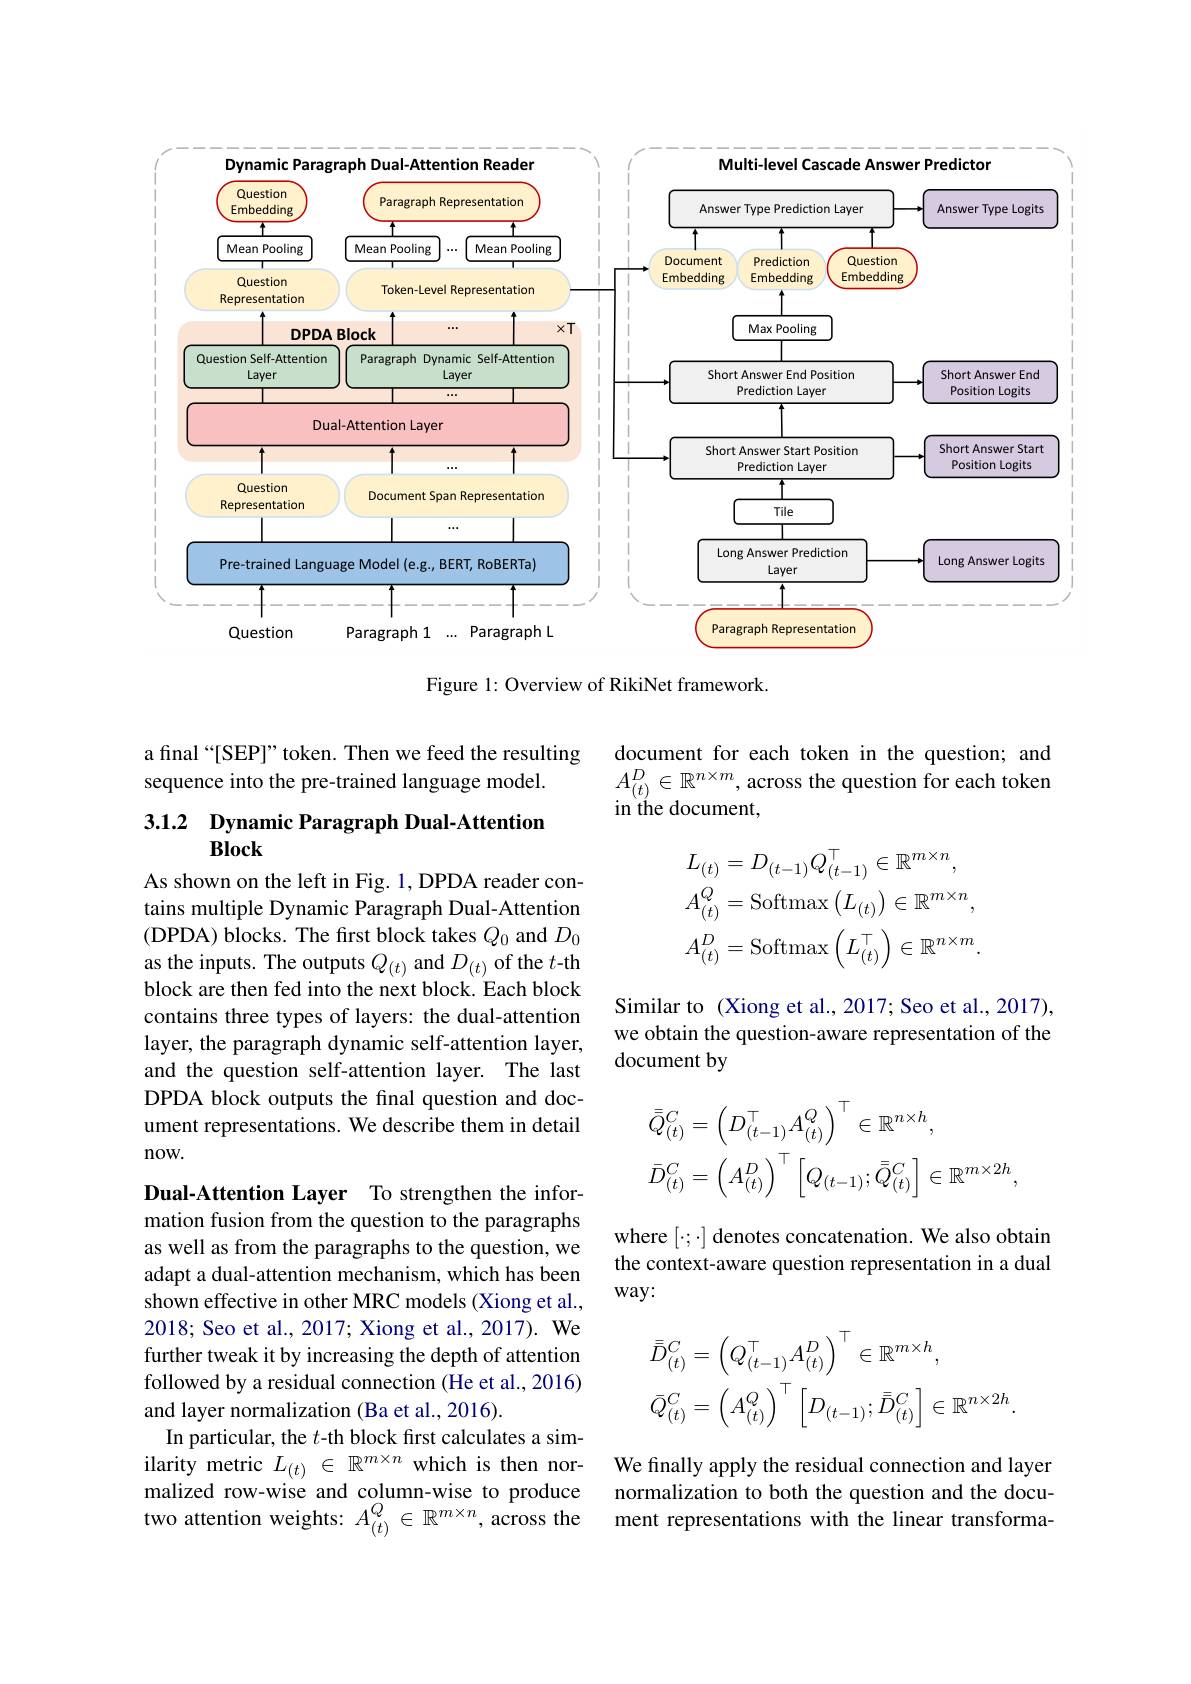
<FigureHere>

Figure 1: Overview of RikiNet framework.

a final “[SEP]” token. Then we feed the resulting
sequence into the pre-trained language model.

document for each token in the question; and $A_{(t)}^D\in\mathbb{R}^{n\times m}$, across the question for each token in the document,

# 3.1.2 Dynamic Paragraph Dual-Attention Block
$$L_{(t)}=D_{(t-1)}Q_{(t-1)}^{\top}\in\mathbb{R}^{m\times n},\\A_{(t)}^{Q}=\mathrm{Softmax}\left(L_{(t)}\right)\in\mathbb{R}^{m\times n},\\A_{(t)}^{D}=\mathrm{Softmax}\left(L_{(t)}^{\top}\right)\in\mathbb{R}^{n\times m}.$$
As shown on the left in Fig. 1, DPDA reader contains multiple Dynamic Paragraph Dual-Attention (DPDA) blocks. The first block takes $Q_0$ and $D_0$ as the inputs. The outputs $Q_{(t)}$ and $D_{(t)}$ of the $t$-th block are then fed into the next block. Each block contains three types of layers: the dual-attention layer, the paragraph dynamic self-attention layer, and the question self-attention layer. The last DPDA block outputs the final question and document representations. We describe them in detail $now.$

Similar to (Xiong et al., 2017; Seo et al., 2017), we obtain the question-aware representation of the document by
$$\begin{aligned}&\bar{Q}_{(t)}^{C}=\left(D_{(t-1)}^{\top}A_{(t)}^{Q}\right)^{\top}\in\mathbb{R}^{n\times h},\\&\bar{D}_{(t)}^{C}=\left(A_{(t)}^{D}\right)^{\top}\left[Q_{(t-1)};\bar{\bar{Q}}_{(t)}^{C}\right]\in\mathbb{R}^{m\times2h},\end{aligned}$$
where $[\cdot;\cdot]$ denotes concatenation. We also obtain the context-aware question representation in a dual $way:$

Dual-Attention Layer To strengthen the information fusion from the question to the paragraphs as well as from the paragraphs to the question, we adapt a dual-attention mechanism, which has been shown effective in other MRC models (Xiong et al., 2018; Seo et al., 2017; Xiong et al., 2017). We further tweak it by increasing the depth of attention followed by a residual connection (He et al., 2016) and layer normalization (Ba et al., 2016).
In particular, the $t$-th block first calculates a similarity metric $L_{(t)}\in\mathbb{R}^{m\times n}$ which is then normalized row-wise and column-wise to produce two attention weights: $A_{(t)}^Q\in\mathbb{R}^{m\times n}$, across the ment representations with the linear transforma-
$$\begin{aligned}&\bar{D}_{(t)}^{C}=\left(Q_{(t-1)}^{\top}A_{(t)}^{D}\right)^{\top}\in\mathbb{R}^{m\times h},\\&\bar{Q}_{(t)}^{C}=\left(A_{(t)}^{Q}\right)^{\top}\left[D_{(t-1)};\bar{\bar{D}}_{(t)}^{C}\right]\in\mathbb{R}^{n\times2h}.\end{aligned}$$
We finally apply the residual connection and layer normalization to both the question and the docu-